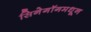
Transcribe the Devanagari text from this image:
सिनेगॉगमधून